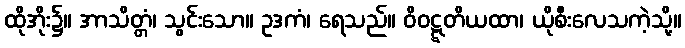
ထိုအိုး၌။ အာသိတ္တံ၊ သွင်းသော။ ဥဒကံ၊ ရေသည်။ ဝိဝဋ္ဋတိယထာ၊ ယိုစီးလေသကဲ့သို့။